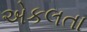
એકલતા